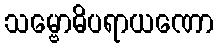
သမ္ဗောဓိပရာယဏော